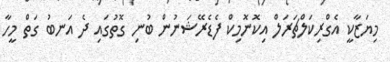
މިޔަޒާކީ އެގްރިކަލްޗަރަލް އިކޮނޮމިކް ފެޑެރޭޝަނުން ބުނި ގޮތުގައި ދެ އަނބު ގަތް މީހާ